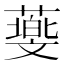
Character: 𦿵